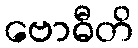
ဗောဓီတိ